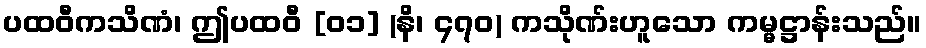
ပထဝီကသိဏံ၊ ဤပထဝီ [၀၁] (နိ၊ ၄၇၀) ကသိုဏ်းဟူသော ကမ္မဋ္ဌာန်းသည်။